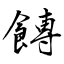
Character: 餺